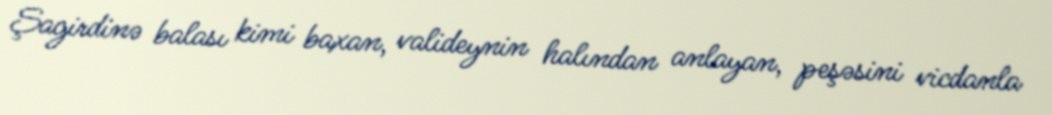
Şagirdinə balası kimi baxan, valideynin halından anlayan, peşəsini vicdanla